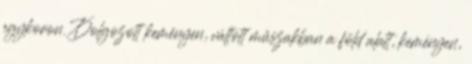
egykoron. Dolgozott keményen, váltott műszakban a föld alatt, keményen,